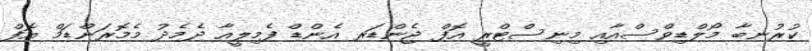
ކުރުނބާ މޯލްޑިވްސްއާއި މިނިސްޓްރީ އޮފް ޖެންޑަރ އެންޑް ފެމިލީއާ ދެމެދު މެމޮރަންޑަމް އޮފް